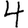
Digit: 4